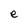
Character: e